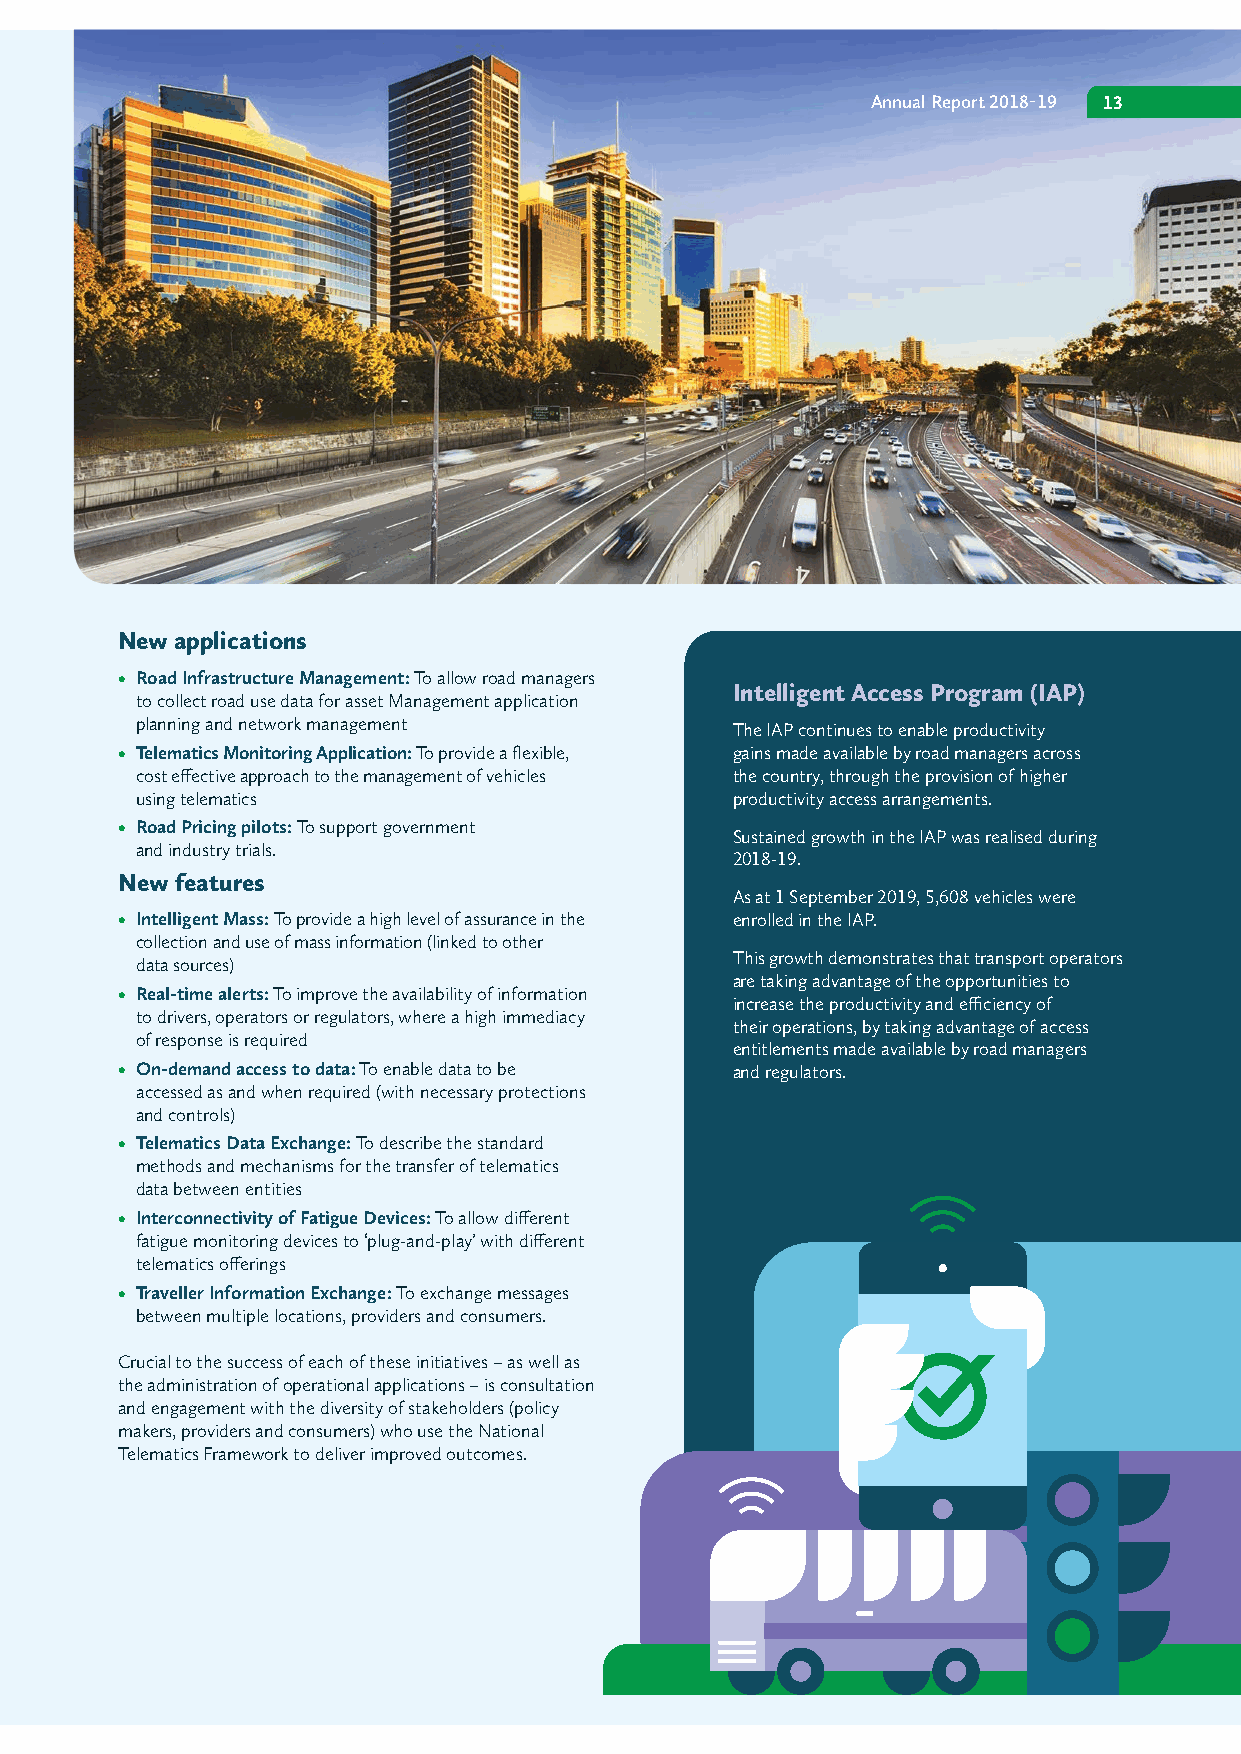
Annual Report 2018-19 13
 New applications
 • Road Infrastructure Management: To allow road managers
 Intelligent Access Program (IAP)
 to collect road use data for asset Management application
 planning and network management        The IAP continues to enable productivity
 • Telematics Monitoring Application: To provide a flexible, gains made available by road managers across
 cost effective approach to the management of vehicles the country, through the provision of higher
 using telematics                       productivity access arrangements.
 • Road Pricing pilots: To support government
 Sustained growth in the IAP was realised during
 and industry trials.
 2018-19.
 New features
 As at 1 September 2019, 5,608 vehicles were
 • Intelligent Mass: To provide a high level of assurance in the enrolled in the IAP.
 collection and use of mass information (linked to other
 This growth demonstrates that transport operators
 data sources)
 are taking advantage of the opportunities to
 • Real-time alerts: To improve the availability of information
 increase the productivity and efficiency of
 to drivers, operators or regulators, where a high immediacy
 their operations, by taking advantage of access
 of response is required
 entitlements made available by road managers
 • On-demand access to data: To enable data to be and regulators.
 accessed as and when required (with necessary protections
 and controls)
 • Telematics Data Exchange: To describe the standard
 methods and mechanisms for the transfer of telematics
 data between entities
 • Interconnectivity of Fatigue Devices: To allow different
 fatigue monitoring devices to ‘plug-and-play’ with different
 telematics offerings
 • Traveller Information Exchange: To exchange messages
 between multiple locations, providers and consumers.
 Crucial to the success of each of these initiatives – as well as
 the administration of operational applications – is consultation
 and engagement with the diversity of stakeholders (policy
 makers, providers and consumers) who use the National
 Telematics Framework to deliver improved outcomes.